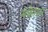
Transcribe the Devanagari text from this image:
मेकेलन